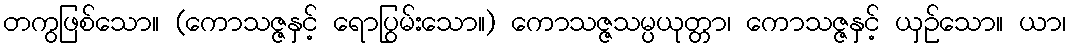
တကွဖြစ်သော။ (ကောသဇ္ဇနှင့် ရောပြွမ်းသော။) ကောသဇ္ဇသမ္ပယုတ္တာ၊ ကောသဇ္ဇနှင့် ယှဉ်သော။ ယာ၊